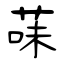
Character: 菋